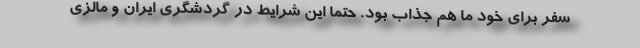
سفر برای خود ما هم جذاب بود. حتما این شرایط در گردشگری ایران و مالزی